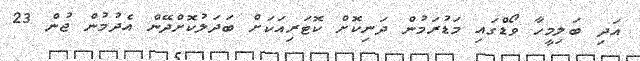
އަދި ބަލިމީހާ ވޯޑްގައި މަޑުުރަމުން ދަނިކޮށް ކޮޓަރިއަކަށް ބަދަލުކޮށްދޭން އެދުމުން ޖުން 23